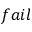
f a i l